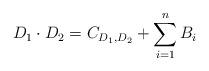
LaTeX: \begin{align*} D_1 \cdot D_2 = C_{D_1,D_2} + \sum_{i=1}^nB_i\end{align*}